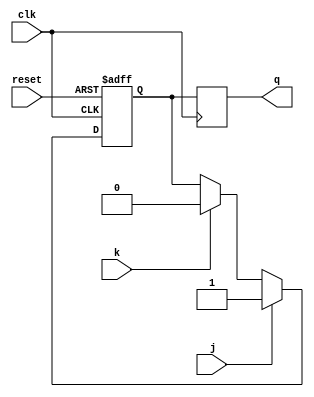
module jk_flip_flop (
    input wire clk,
    input wire reset,
    input wire j,
    input wire k,
    output reg q
);

reg master_q;
always @(posedge clk or posedge reset) begin
    if (reset) begin
        master_q <= 1'b0;
    end
    else begin
        master_q <= j ? 1'b1 : k ? 1'b0 : master_q;
    end
end

always @(negedge clk) begin
    q <= master_q;
end

endmodule